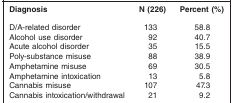
<table><thead><tr><td><b>Diagnosis</b></td><td><b>N (226)</b></td><td><b>Percent (%)</b></td></tr></thead><tbody><tr><td>D/A-related disorder</td><td>133</td><td>58.8</td></tr><tr><td>Alcohol use disorder</td><td>92</td><td>40.7</td></tr><tr><td>Acute alcohol disorder</td><td>35</td><td>15.5</td></tr><tr><td>Poly-substance misuse</td><td>88</td><td>38.9</td></tr><tr><td>Amphetamine misuse</td><td>69</td><td>30.5</td></tr><tr><td>Amphetamine intoxication</td><td>13</td><td>5.8</td></tr><tr><td>Cannabis misuse</td><td>107</td><td>47.3</td></tr><tr><td>Cannabis intoxication/withdrawal</td><td>21</td><td>9.2</td></tr></tbody></table>